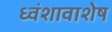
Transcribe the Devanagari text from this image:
ध्वंशावाशेष